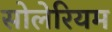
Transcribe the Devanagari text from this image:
सोलेरियम